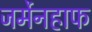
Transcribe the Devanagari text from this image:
जर्मेनहाफ